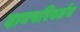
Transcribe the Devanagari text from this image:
दाबपरिवर्तन